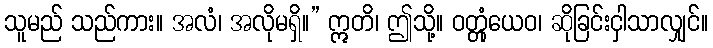
သူမည် သည်ကား။ အလံ၊ အလိုမရှိ။” ဣတိ၊ ဤသို့။ ဝတ္တုံယေဝ၊ ဆိုခြင်းငှါသာလျှင်။